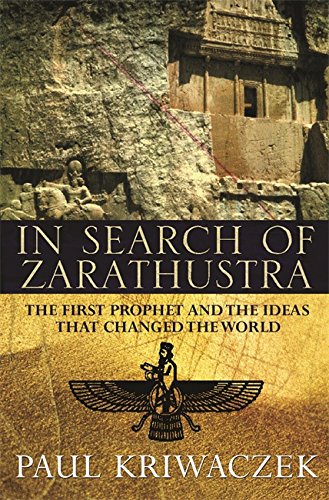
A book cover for In Search of Zarathustra; Paul Kriwaczek; Religion & Spirituality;